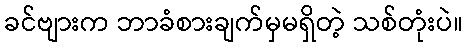
ခင်ဗျားက ဘာခံစားချက်မှမရှိတဲ့ သစ်တုံးပဲ။